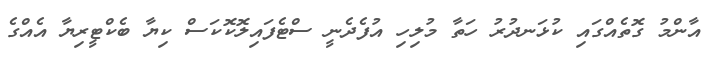
އާންމު ގޮތެއްގައި ކުޅަނދުރު ހަތާ މުލިހި އުފެދެނީ ސްޓެފައިލޮކޮކަސް ކިޔާ ބެކްޓީރިޔާ އެއްގެ